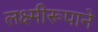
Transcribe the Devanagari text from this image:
लक्ष्मीरूपाने